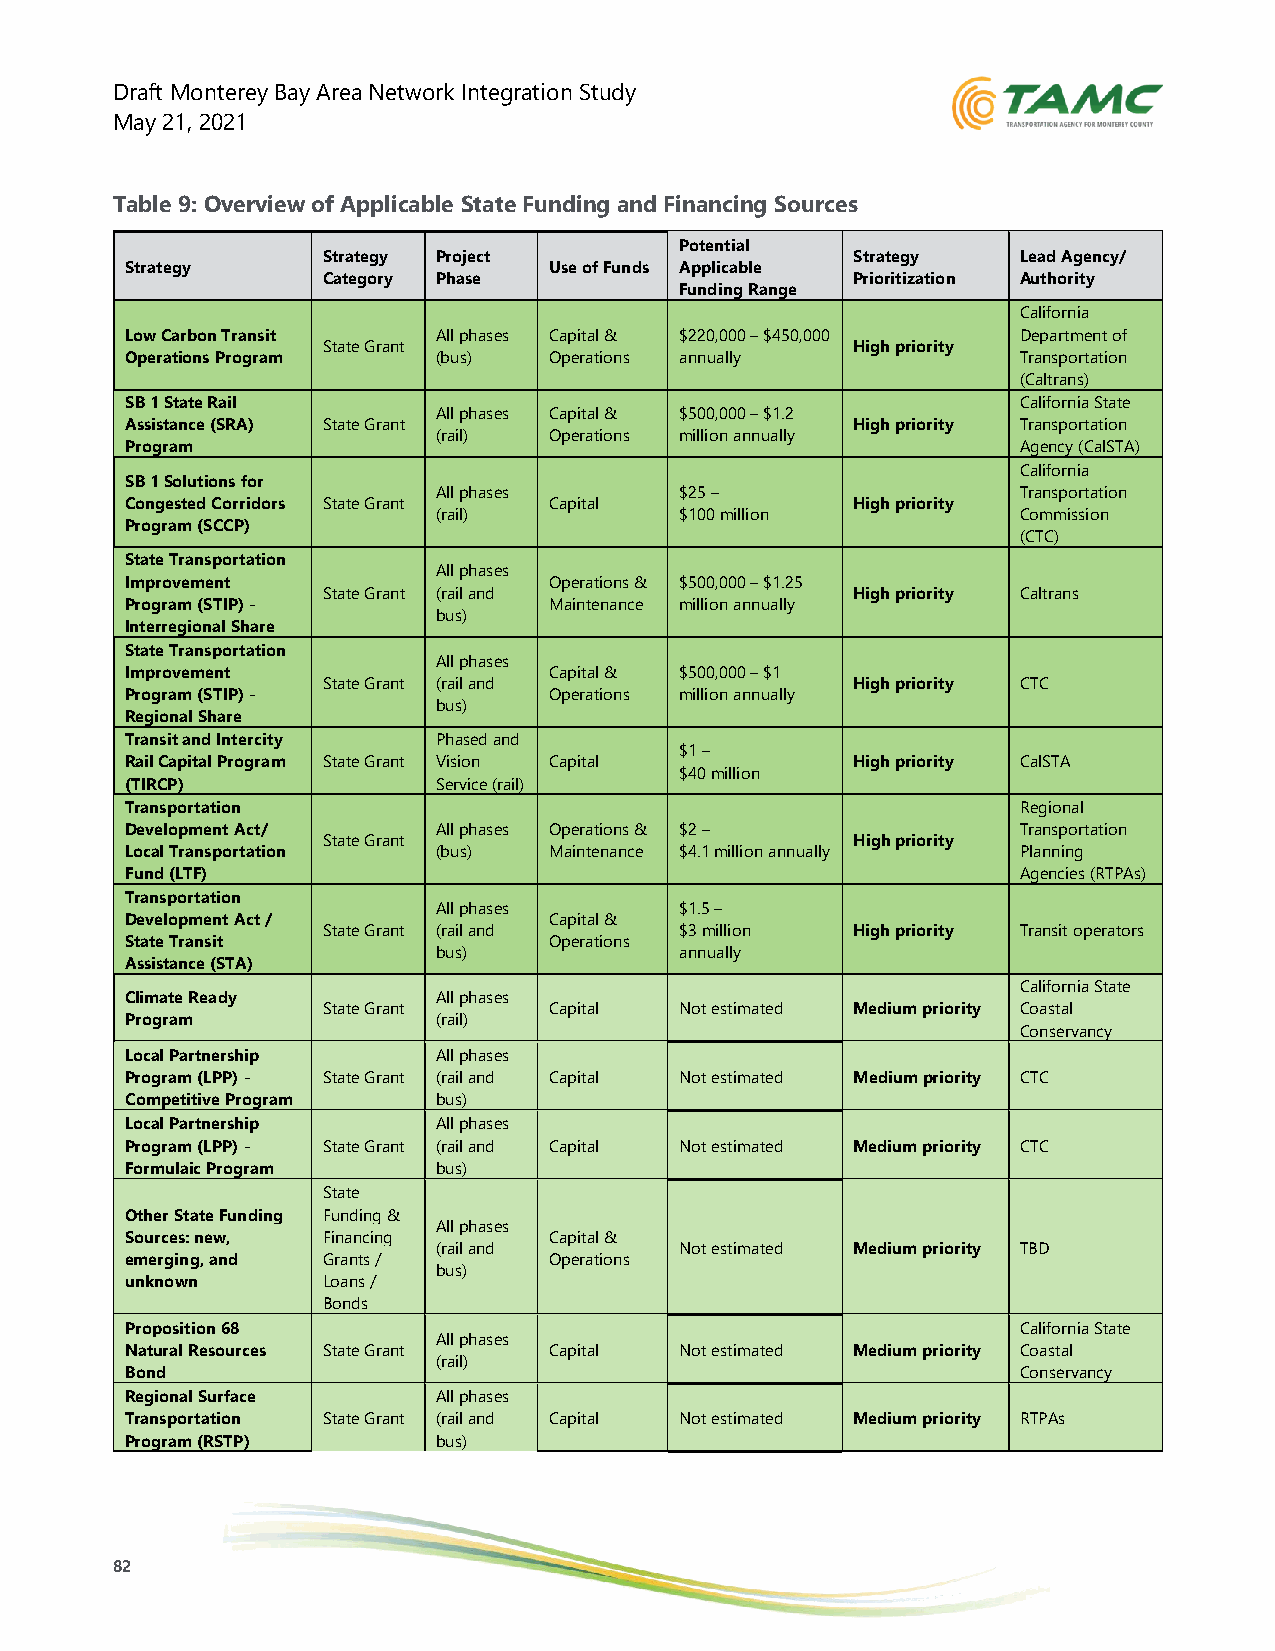
Draft Monterey Bay Area Network Integration Study
 May 21, 2021
 Table 9: Overview of Applicable State Funding and Financing Sources
 Potential
 Strategy Project                   Strategy    Lead Agency/
 Strategy                    Use of Funds Applicable
 Category Phase                     Prioritization Authority
 Funding Range
 California
 Low Carbon Transit   All phases Capital & $220,000 – $450,000 Department of
 State Grant                        High priority
 Operations Program   (bus)  Operations annually             Transportation
 (Caltrans)
 SB 1 State Rail                                             California State
 All phases Capital & $500,000 – $1.2
 Assistance (SRA) State Grant                    High priority Transportation
 (rail) Operations million annually
 Program                                                     Agency (CalSTA)
 California
 SB 1 Solutions for
 All phases      $25 –                  Transportation
 Congested Corridors State Grant Capital         High priority
 (rail)          $100 million           Commission
 Program (SCCP)
 (CTC)
 State Transportation
 All phases
 Improvement                 Operations & $500,000 – $1.25
 State Grant (rail and              High priority Caltrans
 Program (STIP) -            Maintenance million annually
 bus)
 Interregional Share
 State Transportation
 All phases
 Improvement                 Capital & $500,000 – $1
 State Grant (rail and              High priority CTC
 Program (STIP) -            Operations million annually
 bus)
 Regional Share
 Transit and Intercity Phased and
 $1 –
 Rail Capital Program State Grant Vision Capital High priority CalSTA
 $40 million
 (TIRCP)              Service (rail)
 Transportation                                              Regional
 Development Act/     All phases Operations & $2 –           Transportation
 State Grant                        High priority
 Local Transportation (bus)  Maintenance $4.1 million annually Planning
 Fund (LTF)                                                  Agencies (RTPAs)
 Transportation
 All phases      $1.5 –
 Development Act /           Capital &
 State Grant (rail and   $3 million High priority Transit operators
 State Transit               Operations
 bus)            annually
 Assistance (STA)
 California State
 Climate Ready        All phases
 State Grant    Capital  Not estimated Medium priority Coastal
 Program              (rail)
 Conservancy
 Local Partnership    All phases
 Program (LPP) - State Grant (rail and Capital Not estimated Medium priority CTC
 Competitive Program  bus)
 Local Partnership    All phases
 Program (LPP) - State Grant (rail and Capital Not estimated Medium priority CTC
 Formulaic Program    bus)
 State
 Other State Funding Funding &
 All phases
 Sources: new, Financing     Capital &
 (rail and       Not estimated Medium priority TBD
 emerging, and Grants /      Operations
 bus)
 unknown      Loans /
 Bonds
 Proposition 68                                              California State
 All phases
 Natural Resources State Grant Capital Not estimated Medium priority Coastal
 (rail)
 Bond                                                        Conservancy
 Regional Surface     All phases
 Transportation State Grant (rail and Capital Not estimated Medium priority RTPAs
 Program (RSTP)       bus)
 82